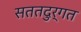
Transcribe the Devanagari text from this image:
सततदुर्गत